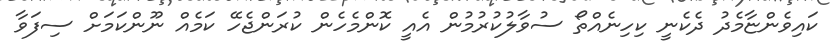
ކައިވެންޏާމެދު ދެކެނީ ކިހިނެއްތޯ ސުވާލުކުރުމުން އެއީ ކޮންމެހެން ކުރަންޖެހޭ ކަމެއް ނޫންކަމަށް ސިފަވާ